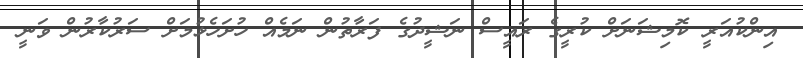
އިންކުއަރީ ކޮމިޝަނަށް ކުރީގެ ރައީސް ނަޝީދުގެ ފަރާތުން ނަމެއް ހުށަހެޅުމަށް ސަރުކާރުން ވަނީ